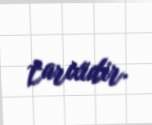
tarixidir.